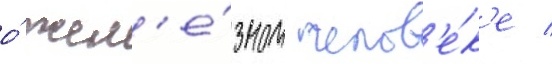
о́ жел'е́зном челов'е́к'е /